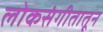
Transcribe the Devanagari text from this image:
लोकसंगीतातून